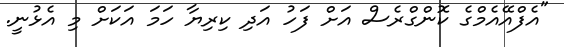
"އެފްއޭއެމްގެ ކޮންގްރެސް އަށް ފަހު އަދި ކިރިޔާ ހަމަ އަކަށް މި އެޅުނީ.